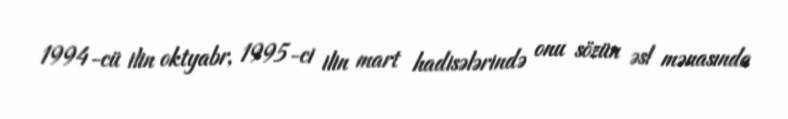
1994-cü ilin oktyabr, 1995-ci ilin mart hadisələrində onu sözün əsl mənasında